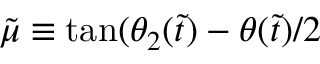
\tilde { \mu } \equiv \mathrm { t a n } ( \theta _ { 2 } ( \tilde { t } ) - \theta ( \tilde { t } ) / 2